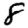
Digit: 8